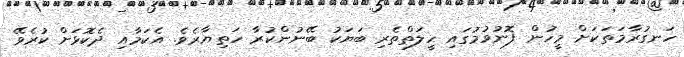
ހަނގުރާމަތަކަށް މީހުން ފޮނުވުމުގައި ހީލަތްތެރި ބަޔަކު ބޭނުންކުރާ ހަތިޔާރެވެ. އެކަމާއި ދެކޮޅަށް ކުރެވޭ